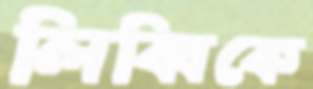
লিব্বিকে